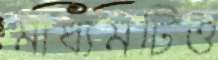
মাধ্যমটিও